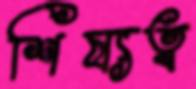
শিষ্যত্ব